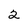
Character: 2